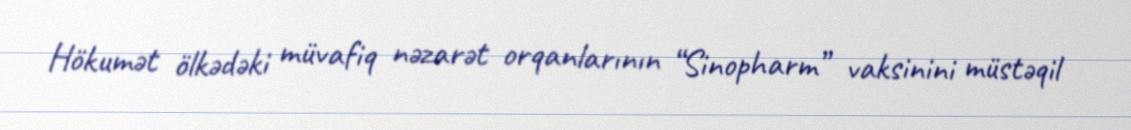
Hökumət ölkədəki müvafiq nəzarət orqanlarının “Sinopharm” vaksinini müstəqil